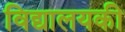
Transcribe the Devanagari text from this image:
विद्यालयकी